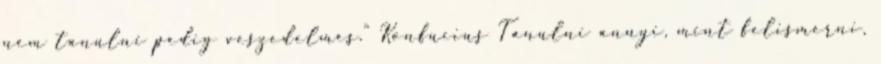
nem tanulni pedig veszedelmes." Konfucius Tanulni annyi, mint felismerni,